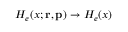
H _ { e } ( x ; { \mathbf { r } } , { \mathbf { p } } ) \to H _ { e } ( x )